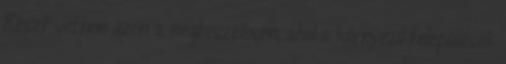
Részt vettem azon a megbeszélésen, ahol a környező települések